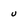
Character: u